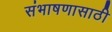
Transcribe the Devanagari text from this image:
संभाषणासाठी